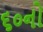
૬૦નો